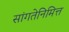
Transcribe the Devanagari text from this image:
सांगतेनिमित्त